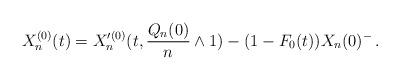
LaTeX: \begin{align*} X^{(0)}_n(t)=X'^{(0)}_n(t,\frac{Q_n(0)}{n}\wedge 1)-(1-F_0(t))X_n(0)^-\,.\end{align*}